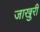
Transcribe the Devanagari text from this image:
जाखुरी